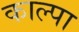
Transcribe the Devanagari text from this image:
काल्पा